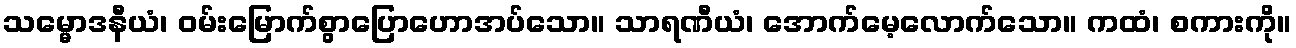
သမ္မောဒနီယံ၊ ဝမ်းမြောက်စွာပြောဟောအပ်သော။ သာရဏီယံ၊ အောက်မေ့လောက်သော။ ကထံ၊ စကားကို။